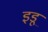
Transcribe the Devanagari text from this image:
इडू